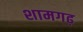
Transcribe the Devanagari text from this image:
शामगढ़